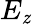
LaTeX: E_{\mathit{z}}